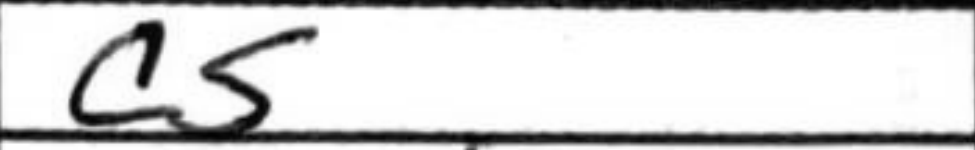
Transcription: c5